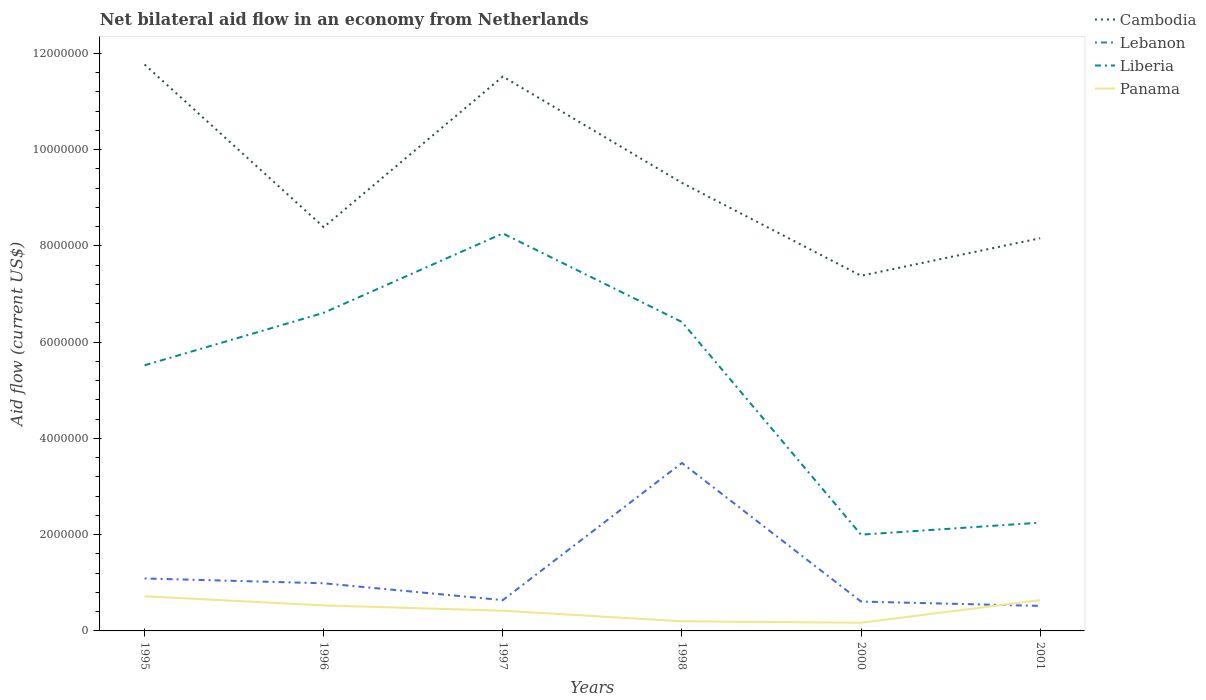
| Years | Cambodia | Lebanon | Liberia | Panama |
 | --- | --- | --- | --- | --- |
 | 1995 | 1.18e+07 | 1.09e+06 | 5.52e+06 | 7.2e+05 |
 | 1996 | 8.39e+06 | 9.9e+05 | 6.61e+06 | 5.3e+05 |
 | 1997 | 1.15e+07 | 6.4e+05 | 8.26e+06 | 4.2e+05 |
 | 1998 | 9.31e+06 | 3.49e+06 | 6.42e+06 | 2e+05 |
 | 2000 | 7.38e+06 | 6.1e+05 | 2e+06 | 1.7e+05 |
 | 2001 | 8.16e+06 | 5.2e+05 | 2.25e+06 | 6.4e+05 |